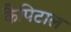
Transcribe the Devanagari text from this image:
कैपिटाल